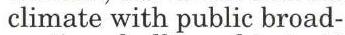
 climate with public broad-